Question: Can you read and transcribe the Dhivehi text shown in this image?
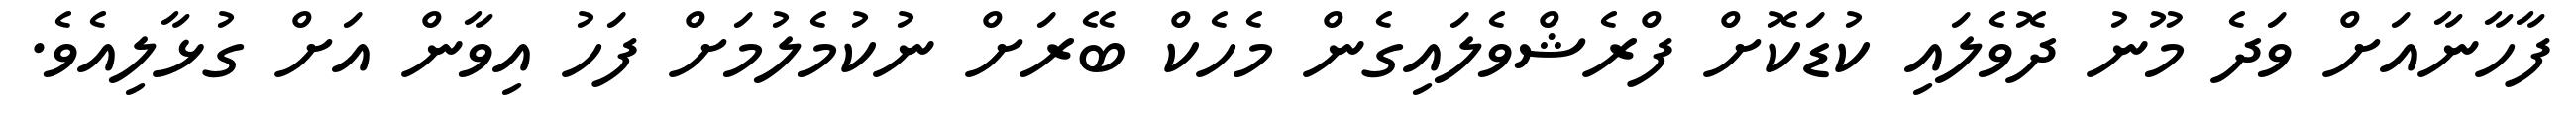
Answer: ފާހާނާއަށް ވަދެ މޫނު ދޮވެލައި ކުޑަކޮށް ފްރެޝްވެލައިގެން މެހެކް ބޭރަށް ނުކުމެލުމަށް ފަހު އިވާން އަށް ގުޅާލިއެވެ.